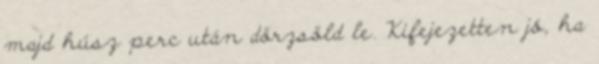
majd húsz perc után dörzsöld le. Kifejezetten jó, ha